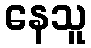
နေသူ